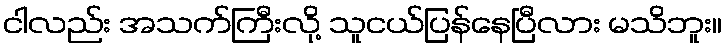
ငါလည်း အသက်ကြီးလို့ သူငယ်ပြန်နေပြီလား မသိဘူး။